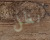
نظل